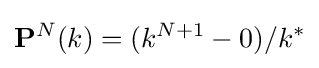
{\mathbf {P} }^{N}(k)=(k^{N+1}-0)/k^{*}